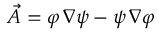
{ \vec { A } } = \varphi \, \nabla \psi - \psi \, \nabla \varphi